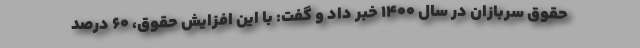
حقوق سربازان در سال ۱۴۰۰ خبر داد و گفت: با این افزایش حقوق، ۶۰ درصد